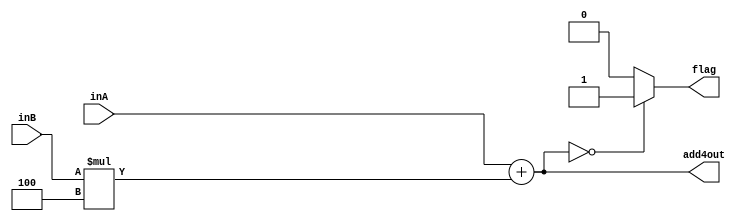
module ADD4(inA, inB, add4out, flag);
    input [31:0] inA;
    input [31:0] inB;
    output reg [31:0] add4out;
    output reg flag;
    
    always@(*) begin
        add4out = inA+(inB*4);
        if(add4out==0)
            flag = 1;
        else
            flag = 0;
    end
endmodule